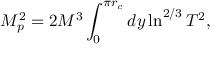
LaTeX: M _ { p } ^ { 2 } = 2 M ^ { 3 } \int _ { 0 } ^ { \pi r _ { c } } d y \ln ^ { 2 / 3 } T ^ { 2 } ,